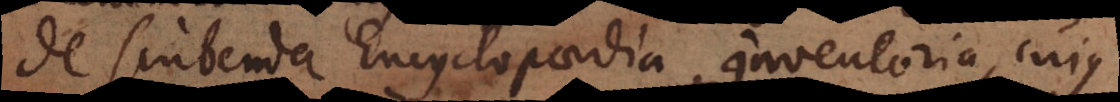
De scribenda Encyclopaedia Inventoria, cujus